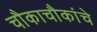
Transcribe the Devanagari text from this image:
चौकाचौकांचे